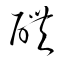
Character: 醴